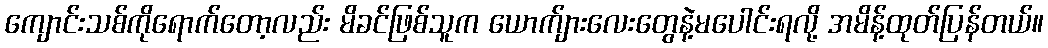
ကျောင်းသစ်ကိုရောက်တော့လည်း မိခင်ဖြစ်သူက ယောက်ျားလေးတွေနဲ့မပေါင်းရလို့ အမိန့်ထုတ်ပြန်တယ်။